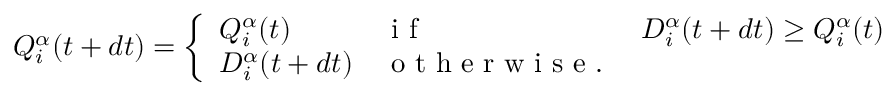
Q _ { i } ^ { \alpha } ( t + d t ) = \left\{ \begin{array} { l l l } { Q _ { i } ^ { \alpha } ( t ) } & { \mathrm { ~ i ~ f ~ } } & { D _ { i } ^ { \alpha } ( t + d t ) \geq Q _ { i } ^ { \alpha } ( t ) } \\ { D _ { i } ^ { \alpha } ( t + d t ) } & { \mathrm { ~ o ~ t ~ h ~ e ~ r ~ w ~ i ~ s ~ e ~ . ~ } } & { } \end{array} \right.